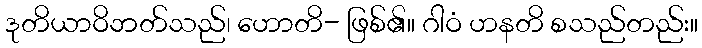
ဒုတိယာဝိဘတ်သည်၊ ဟောတိ- ဖြစ်၏။ ဂါဝံ ဟနတိ စသည်တည်း။